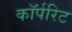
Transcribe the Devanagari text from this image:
कॉर्परिट